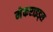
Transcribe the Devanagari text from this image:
मेकराइड्स